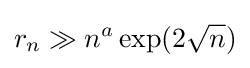
r_{n}\gg n^{a}\exp(2{\sqrt {n}})